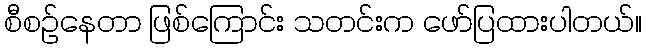
စီစဉ်နေတာ ဖြစ်ကြောင်း သတင်းက ဖော်ပြထားပါတယ်။